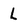
Character: L